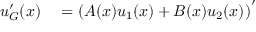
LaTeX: \begin{array} { r l } { u _ { G } ^ { \prime } ( x ) } & { { } = \left( A ( x ) u _ { 1 } ( x ) + B ( x ) u _ { 2 } ( x ) \right) ^ { \prime } } \end{array}